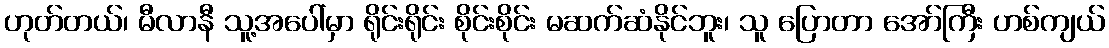
ဟုတ်တယ်၊ မီလာနီ သူ့အပေါ်မှာ ရိုင်းရိုင်း စိုင်းစိုင်း မဆက်ဆံနိုင်ဘူး၊ သူ ပြောတာ အော်ကြီး ဟစ်ကျယ်